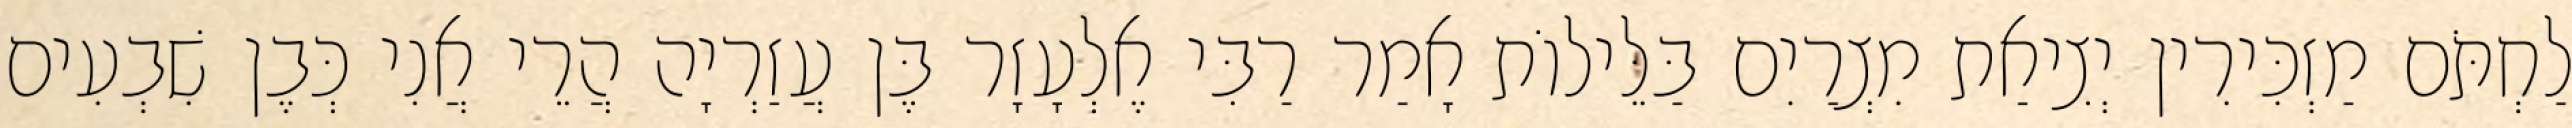
לַחְתֹּם מַזְכִּירִין יְצִיאַת מִצְרַיִם בַּלֵּילוֹת אָמַר רַבִּי אֶלְעָזָר בֶּן עֲזַרְיָה הֲרֵי אֲנִי כְּבֶן שִׁבְעִים